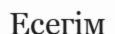
Есегім